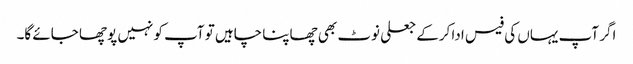
اگر آپ یہاں کی فیس ادا کرکے جعلی نوٹ بھی چھاپنا چاہیں تو آپ کو نہیں پوچھا جائے گا۔